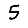
Digit: 5